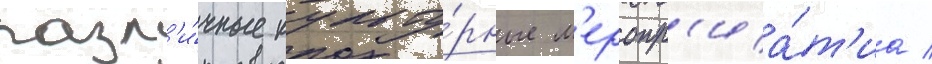
разл'и́чные культу́рные м'еропр'иа́т'иа /